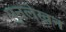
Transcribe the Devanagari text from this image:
पुनलेखन